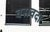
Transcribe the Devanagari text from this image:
वसवदा